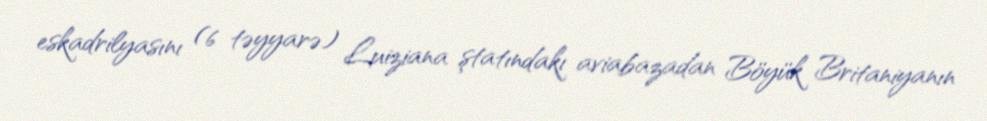
eskadrilyasını (6 təyyarə) Luiziana ştatındakı aviabazadan Böyük Britaniyanın